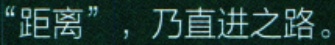
“距离”，乃直进之路。